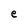
Character: e